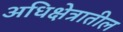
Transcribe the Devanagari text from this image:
अधिक्षेत्रातील